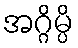
အဂ္ဂိမ္ပိ